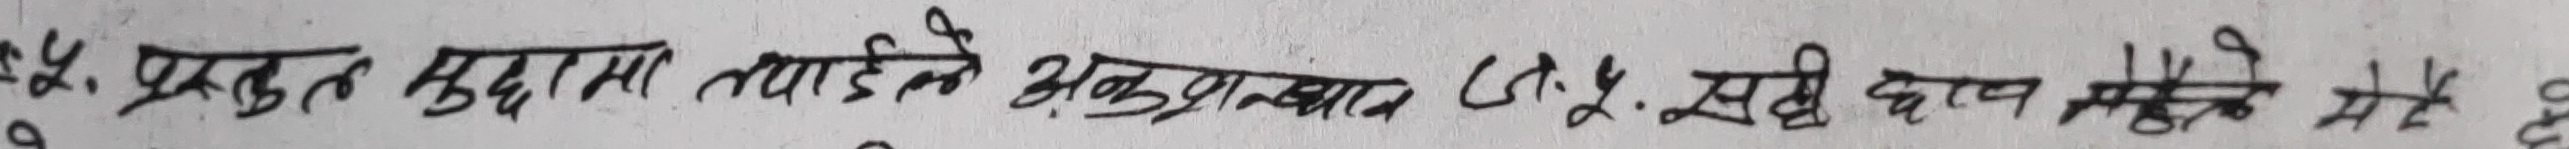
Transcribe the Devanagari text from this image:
५. प्रस्तुत मुद्दामा तपाईँले अनुसन्धान C.S.I. सूचि दाखन गर्न सक्ने भए